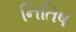
નિતિષ